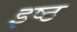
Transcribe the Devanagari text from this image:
इष्ठ